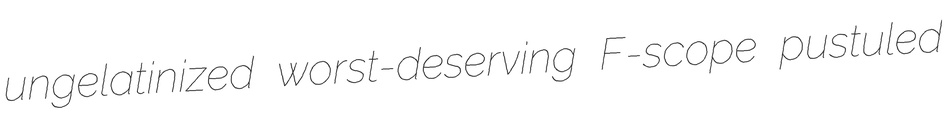
ungelatinized worst-deserving F-scope pustuled